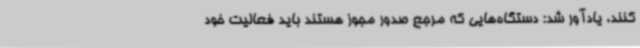
کنند، یادآور شد: دستگاه‌هایی که مرجع صدور مجوز هستند باید فعالیت خود